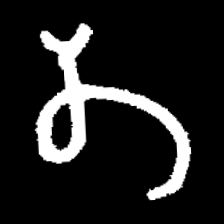
Pyu character \u2014 Myanmar letter: တ (romanized: ta)